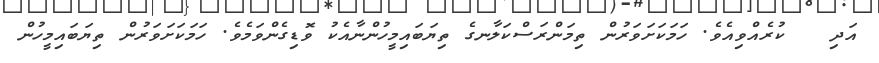
އަދި   ކުރެއްވިއެވެ. ހަމަކަށަވަރުން ތިމަންރަސްކަލާނގެ ތިޔަބައިމީހުންނާއެކު ވޮޑިގެންވަމެވެ. ހަމަކަށަވަރުން ތިޔަބައިމީހުން